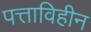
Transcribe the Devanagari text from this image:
पत्ताविहीन